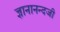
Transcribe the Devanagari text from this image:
ज्ञानानन्दजी